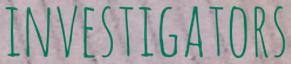
INVESTIGATORS